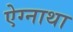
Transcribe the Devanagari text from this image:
ऐग्नाथा